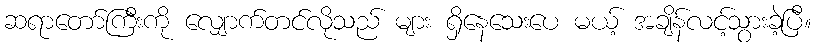
ဆရာတော်ကြီးကို လျှောက်တင်လိုသည် များ ရှိနေသေးပေ မယ့် အချိန်လင့်သွားခဲ့ပြီ။